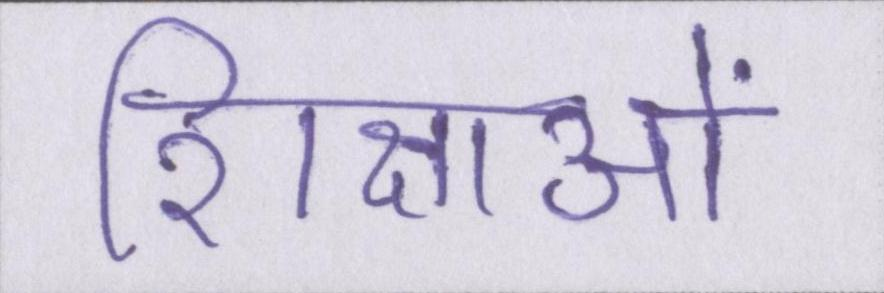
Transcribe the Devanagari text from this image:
शिक्षाओं